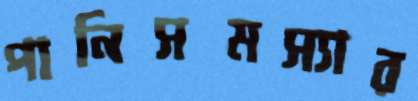
পানিসমস্যার